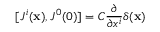
[ J ^ { i } ( { \bf x } ) , J ^ { 0 } ( 0 ) ] = C \frac { \partial } { \partial x ^ { i } } \delta ( { \bf x } )